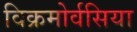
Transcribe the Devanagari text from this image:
विक्रमोर्वसिया